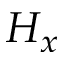
H _ { x }